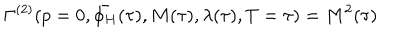
\Gamma ^ { ( 2 ) } ( p = 0 , \bar { \phi _ { H } } ( \tau ) , M ( \tau ) , \lambda ( \tau ) , T = \tau ) = M ^ { 2 } ( \tau )